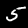
Digit: 5